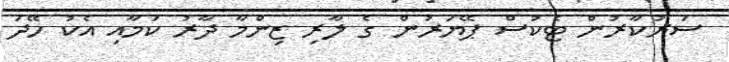
ސަރުކާރުން ޓެކުސް ޕޭޔަރުން ގެ ލާރި ޒިންމާ ދާރު ކަމާއި އެކު ހޭދަ